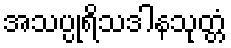
အသပ္ပုရိသဒါနသုတ္တံ